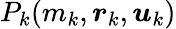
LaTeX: P_{k}(m_{k},\boldsymbol{r}_{k},\boldsymbol{\mathit{u}}_{k})